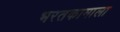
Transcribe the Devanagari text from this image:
भरतकामाला